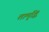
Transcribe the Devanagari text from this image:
तामृद्धिं